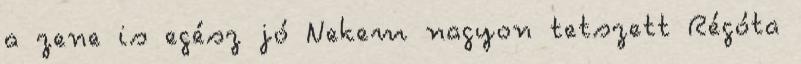
a zene is egész jó Nekem nagyon tetszett Régóta